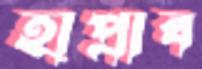
হাপ্‌রাব